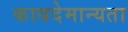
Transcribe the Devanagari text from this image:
कायदेमान्यता